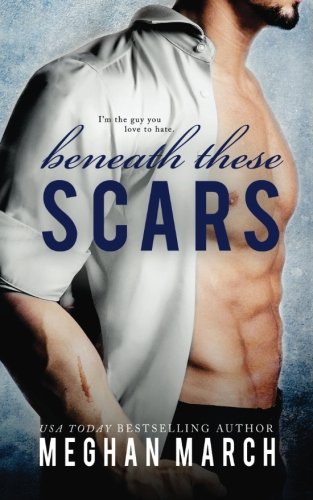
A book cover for Beneath These Scars (Volume 4); Meghan March; Romance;